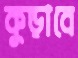
কুড়াবে